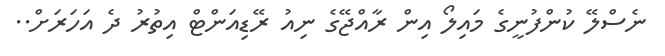
ނެސްލޭ ކުންފުނީގެ މައިލޯ އިން ރާއްޖޭގެ ނިއު ރޭޑިއަންޓް އިތުރު ދެ އަހަރަށް..